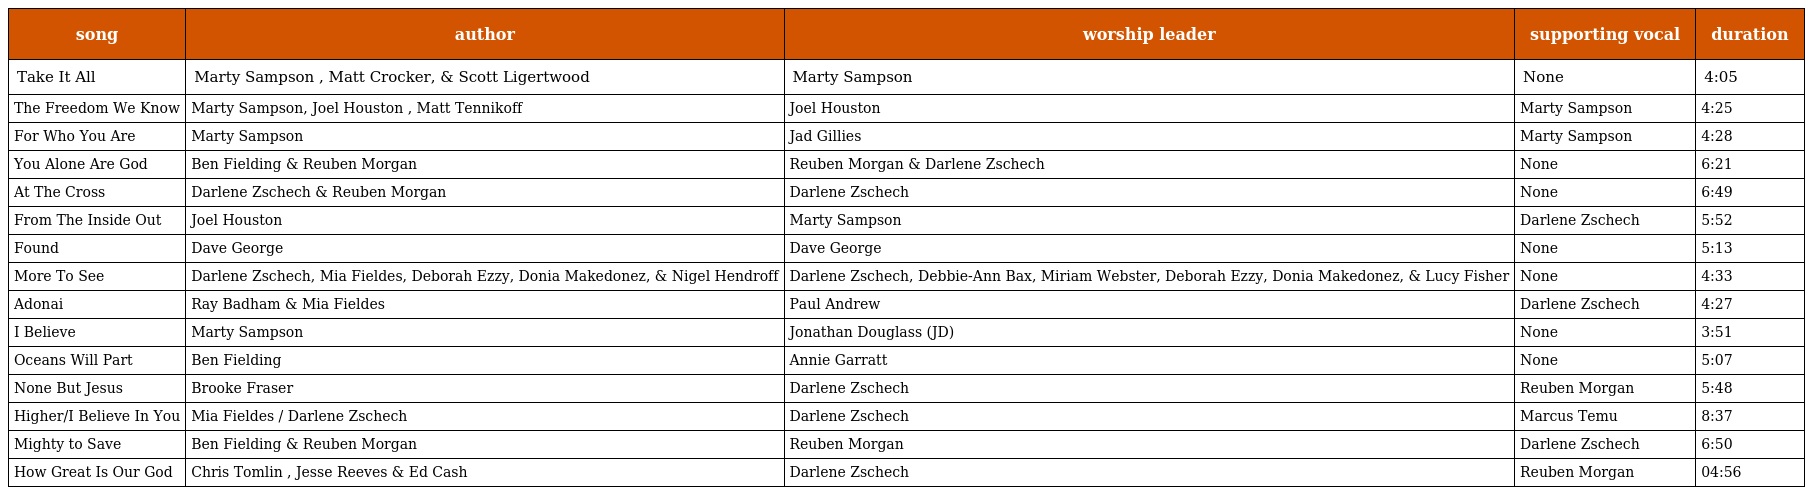
| song | author | worship leader | supporting vocal | duration |
 | --- | --- | --- | --- | --- |
 | Take It All | Marty Sampson , Matt Crocker, & Scott Ligertwood | Marty Sampson | None | 4:05 |
 | The Freedom We Know | Marty Sampson, Joel Houston , Matt Tennikoff | Joel Houston | Marty Sampson | 4:25 |
 | For Who You Are | Marty Sampson | Jad Gillies | Marty Sampson | 4:28 |
 | You Alone Are God | Ben Fielding & Reuben Morgan | Reuben Morgan & Darlene Zschech | None | 6:21 |
 | At The Cross | Darlene Zschech & Reuben Morgan | Darlene Zschech | None | 6:49 |
 | From The Inside Out | Joel Houston | Marty Sampson | Darlene Zschech | 5:52 |
 | Found | Dave George | Dave George | None | 5:13 |
 | More To See | Darlene Zschech, Mia Fieldes, Deborah Ezzy, Donia Makedonez, & Nigel Hendroff | Darlene Zschech, Debbie-Ann Bax, Miriam Webster, Deborah Ezzy, Donia Makedonez, & Lucy Fisher | None | 4:33 |
 | Adonai | Ray Badham & Mia Fieldes | Paul Andrew | Darlene Zschech | 4:27 |
 | I Believe | Marty Sampson | Jonathan Douglass (JD) | None | 3:51 |
 | Oceans Will Part | Ben Fielding | Annie Garratt | None | 5:07 |
 | None But Jesus | Brooke Fraser | Darlene Zschech | Reuben Morgan | 5:48 |
 | Higher/I Believe In You | Mia Fieldes / Darlene Zschech | Darlene Zschech | Marcus Temu | 8:37 |
 | Mighty to Save | Ben Fielding & Reuben Morgan | Reuben Morgan | Darlene Zschech | 6:50 |
 | How Great Is Our God | Chris Tomlin , Jesse Reeves & Ed Cash | Darlene Zschech | Reuben Morgan | 04:56 |